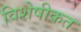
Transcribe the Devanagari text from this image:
विशेषीकत